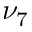
\nu _ { 7 }